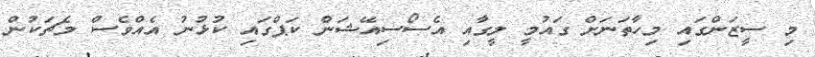
މި ސީޒަންގައި މިހާތަނަށް ގައުމީ ލީގާއި އެސޯސިއޭޝަން ކަޕްގައި ކުޅުނު އެއްވެސް މެޗަކުން